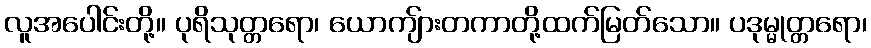
လူအပေါင်းတို့။ ပုရိသုတ္တရော၊ ယောကျ်ားတကာတို့ထက်မြတ်သော။ ပဒုမ္မုတ္တရော၊